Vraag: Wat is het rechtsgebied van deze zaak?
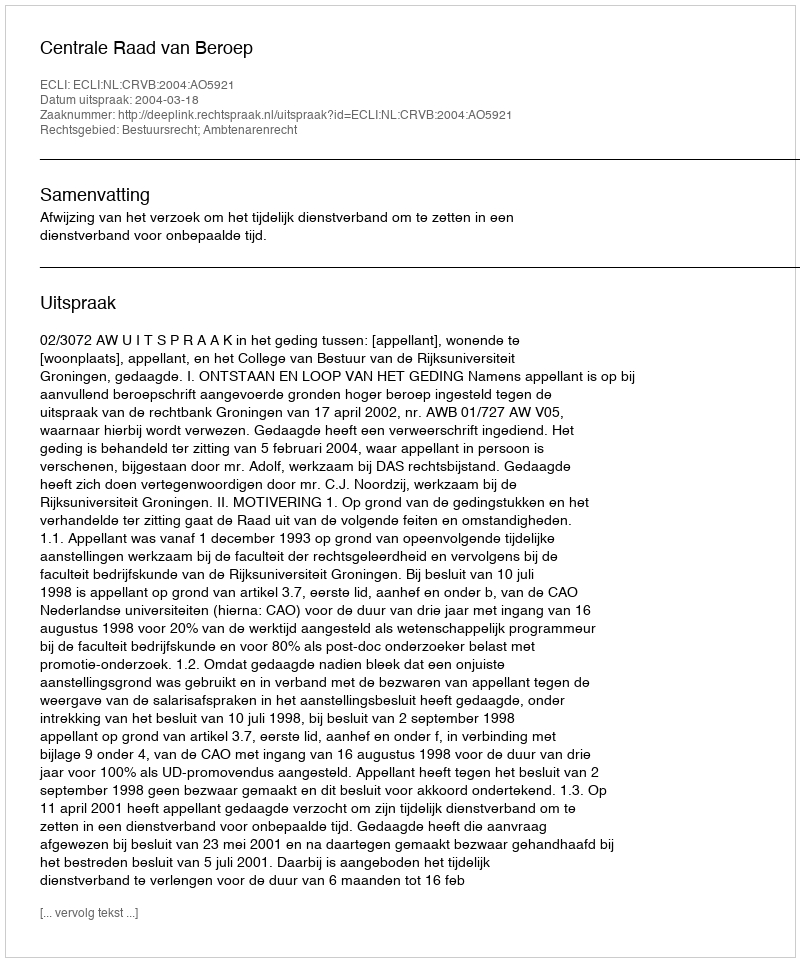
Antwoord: Bestuursrecht; Ambtenarenrecht